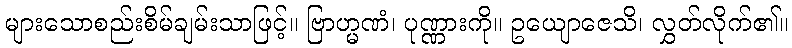
များသောစည်းစိမ်ချမ်းသာဖြင့်။ ဗြာဟ္မဏံ၊ ပုဏ္ဏားကို။ ဥယျောဇေသိ၊ လွှတ်လိုက်၏။